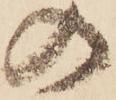
の